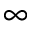
\infty